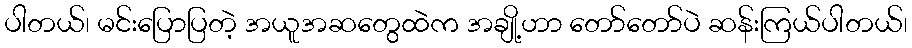
ပါတယ်၊ မင်းပြောပြတဲ့ အယူအဆတွေထဲက အချို့ဟာ တော်တော်ပဲ ဆန်းကြယ်ပါတယ်၊